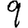
Digit: 9